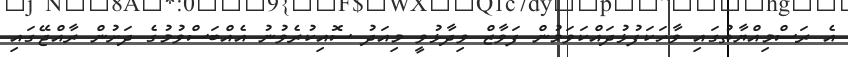
އެ ރަސްމިއްޔާތުގައި ވާހަކަފުޅުދައްކަވަމުން ފަވާޒް ވިދާޅުވީ މިއަދު ސޮއިކުރެވުނު އެއްބަސްވުމުގެ ދަށުން ރާއްޖޭގައި